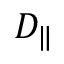
D _ { \| }